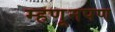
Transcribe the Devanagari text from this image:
म्हणूनपण